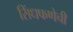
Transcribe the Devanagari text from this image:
सिंधफणेची